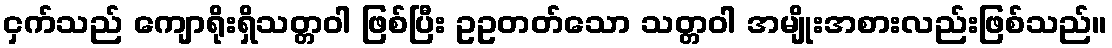
ငှက်သည် ကျောရိုးရှိသတ္တဝါ ဖြစ်ပြီး ဥဥတတ်သော သတ္တဝါ အမျိုးအစားလည်းဖြစ်သည်။